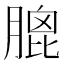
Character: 膍